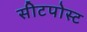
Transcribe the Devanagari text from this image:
सीटपोस्ट